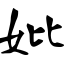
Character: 妣